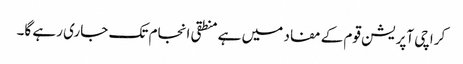
کراچی آپریشن قوم کے مفاد میں ہے منطقی انجام تک جاری رہے گا۔